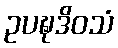
ဥပဍ္ဎဒိဝသံ